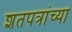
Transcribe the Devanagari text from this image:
शतपत्रांच्या